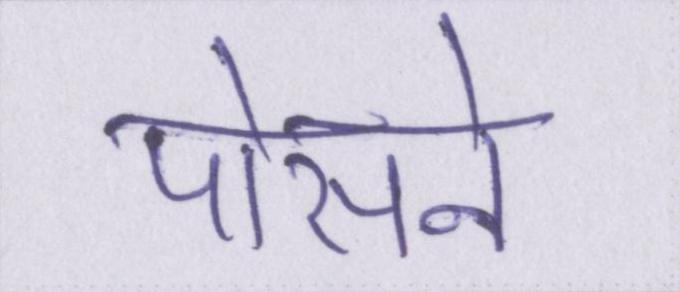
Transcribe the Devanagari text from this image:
पोसने